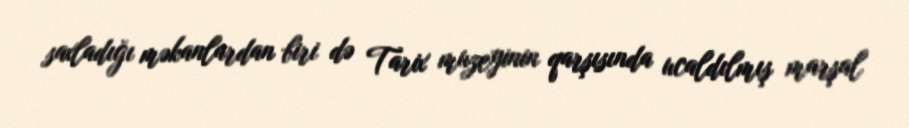
saxladığı məkanlardan biri də Tarix muzeyinin qarşısında ucaldılmış marşal